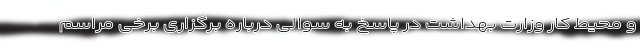
و محیط کار وزارت بهداشت در پاسخ به سوالی درباره برگزاری برخی مراسم